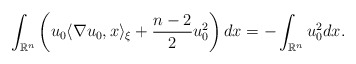
\begin{align*}\int_{\mathbb{R}^n} \left(u_0 \langle \nabla u_0,x\rangle_{\xi}+\frac{n-2}{2}u_0^2 \right) dx=-\int_{\mathbb{R}^n} u_0^2 dx.\end{align*}